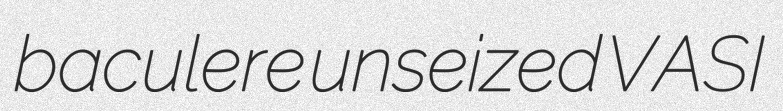
baculere unseized VASI